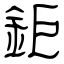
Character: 鉅